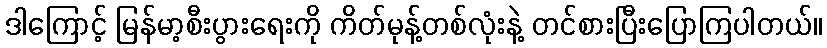
ဒါကြောင့် မြန်မာ့စီးပွားရေးကို ကိတ်မုန့်တစ်လုံးနဲ့ တင်စားပြီးပြောကြပါတယ်။